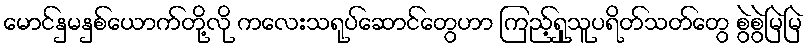
မောင်နှမနှစ်ယောက်တို့လို ကလေးသရုပ်ဆောင်တွေဟာ ကြည့်ရှုသူပရိတ်သတ်တွေ စွဲစွဲမြဲမြဲ